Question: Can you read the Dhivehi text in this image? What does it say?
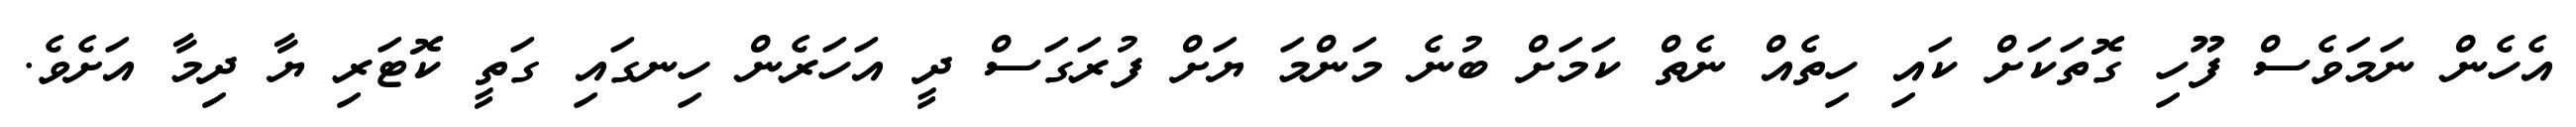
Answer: އެހެން ނަމަވެސް ފޫހި ގޮތަކަށް ކައި ހިތެއް ނެތް ކަމަށް ބުނެ މަންމަ ޔަށް ފުރަގަސް ދީ އަހަރެން ހިނގައި ގަތީ ކޮޓަރި ޔާ ދިމާ އަށެވެ.